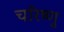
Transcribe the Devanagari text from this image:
चरिष्णु